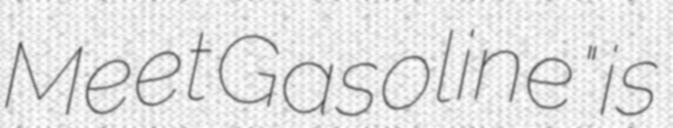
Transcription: Meet Gasoline" is